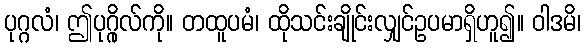
ပုဂ္ဂလံ၊ ဤပုဂ္ဂိုလ်ကို။ တထူပမံ၊ ထိုသင်းချိုင်းလျှင်ဥပမာရှိဟူ၍။ ဝါဒမိ၊